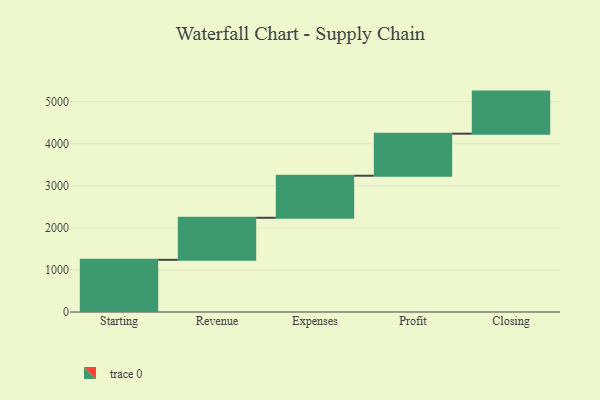
{"axis": {"x": "Step", "y": "Value"}, "legend": [""], "data": [{"x": "Starting", "y": 1240.0, "type": ""}, {"x": "Revenue", "y": 1000, "type": ""}, {"x": "Expenses", "y": 1000, "type": ""}, {"x": "Profit", "y": 1000, "type": ""}, {"x": "Closing", "y": 1000, "type": ""}]}